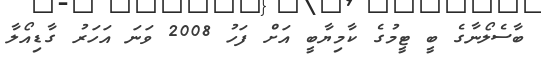
ބާސެލޯނާގެ ބީ ޓީމުގެ ކާމިޔާބީ އަށް ފަހު 2008 ވަނަ އަހަރު ގާޑިއޯލާ